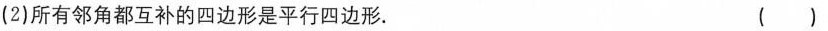
(2)所有邻角都互补的四边形是平行四边形. （ ）